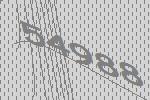
54988